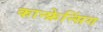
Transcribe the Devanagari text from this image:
कान्फ्रेन्सिंग